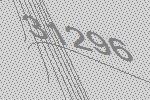
31296